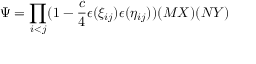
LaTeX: \Psi = \prod _ { i < j } ( 1 - \frac { c } { 4 } \epsilon ( \xi _ { i j } ) \epsilon ( \eta _ { i j } ) ) ( { \cal M } X ) ( { \cal N } Y )